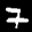
Label: 7